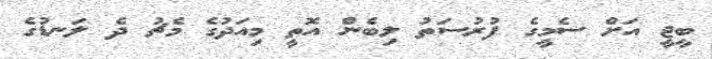
ބީޖީ އަށް ސެމީގެ ފުރުސަތު ލިބެން އޮތީ މިއަދުގެ މެޗު ދެ ލަނޑުގެ